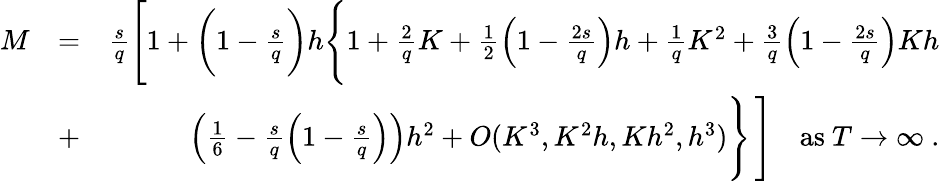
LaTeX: \begin{array}{rlr}{M}&{=}&{\frac{s}{q}\Bigg[1+\bigg(1-\frac{s}{q}\bigg)h\Bigg\{ 1+\frac{2}{q}K+\frac{1}{2}\Big(1-\frac{2s}{q}\Big)h+\frac{1}{q}K^{2}+\frac{3}{q}\Big(1-\frac{2s}{q}\Big)Kh}\\ &{+}&{\Big(\frac{1}{6}-\frac{s}{q}\Big(1-\frac{s}{q}\Big)\Big)h^{2}+O(K^{3},K^{2}h,Kh^{2},h^{3})\Bigg\} \, \Bigg]\quad\mathrm{as}\ T\to\infty\ .}\end{array}